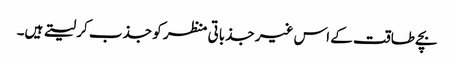
بچے طاقت کے اس غیر جذباتی منظر کو جذب کر لیتے ہیں۔